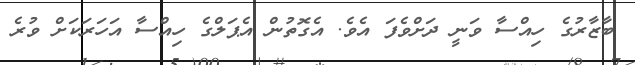
ބާޒާރުގެ ހިއްސާ ވަނީ ދަށްވެފަ އެވެ. އެގޮތުން އެޕަލްގެ ހިއްސާ އަހަރަކަށް ވުރެ